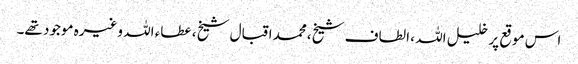
اس موقع پر خلیل اللہ ، الطاف شیخ ،محمد اقبال شیخ ، عطاء اللہ وغیرہ موجود تھے۔